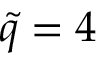
\tilde { q } = 4